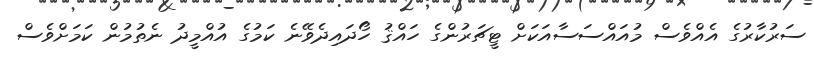
ސަރުކާރުގެ އެއްވެސް މުއައްސަސާއަކަށް ޓީޗަރުންގެ ހައްޤު ހޯދައިދެވޭނެ ކަމުގެ އުއްމީދު ނެތުމުން ކަމަށްވެސް